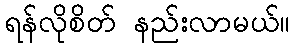
ရန်လိုစိတ် နည်းလာမယ်။